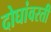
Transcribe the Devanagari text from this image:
दोघांवरती